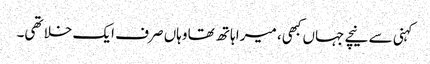
کہنی سے نیچے جہاں کبھی، میرا ہاتھ تھا وہاں صرف ایک خلا تھی۔